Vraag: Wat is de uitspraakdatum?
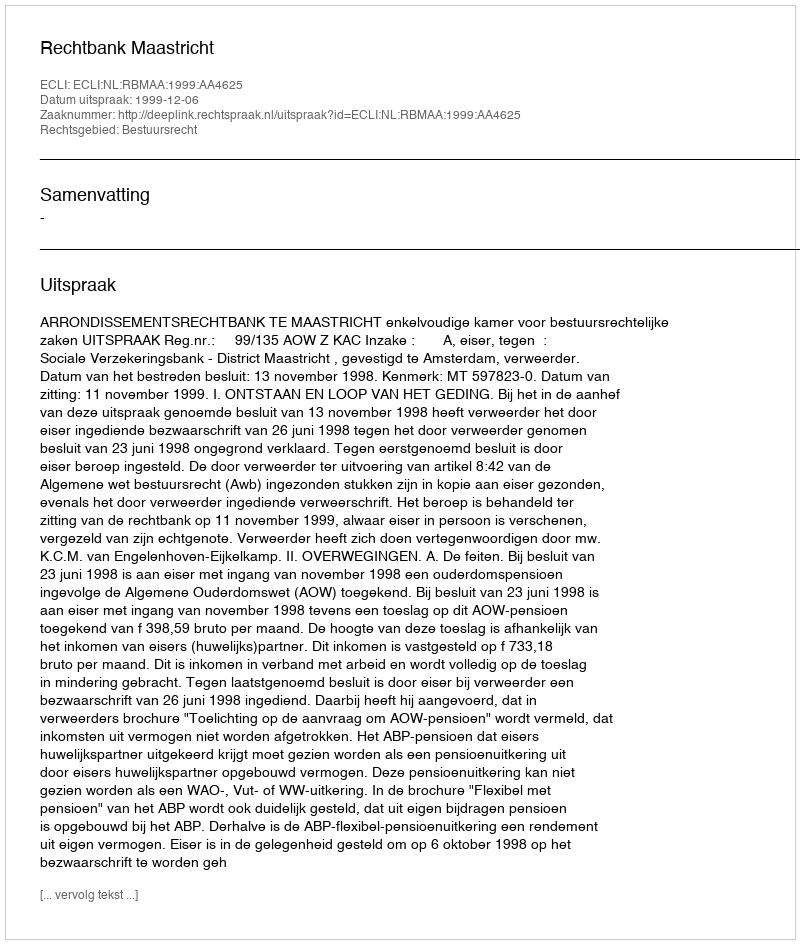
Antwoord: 1999-12-06